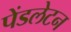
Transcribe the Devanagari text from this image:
पेंडलेटन